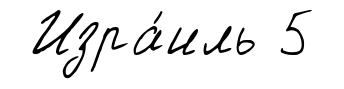
Изра́иль 5